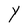
Character: Y